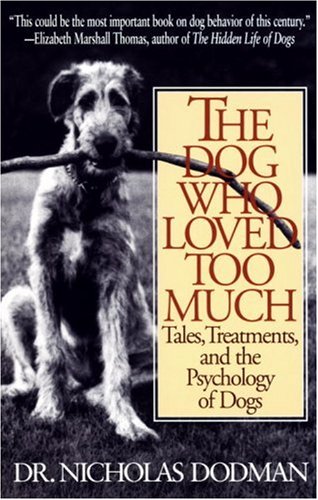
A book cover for The Dog Who Loved Too Much: Tales, Treatments and the Psychology of Dogs; Nicholas Dodman; Medical Books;